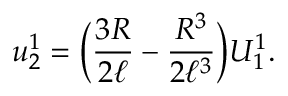
u _ { 2 } ^ { 1 } = \Big ( \frac { 3 R } { 2 \ell } - \frac { R ^ { 3 } } { 2 \ell ^ { 3 } } \Big ) U _ { 1 } ^ { 1 } .